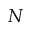
N